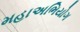
મહાઅભિયોગ